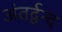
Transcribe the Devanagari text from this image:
अंतर्द्वन्द